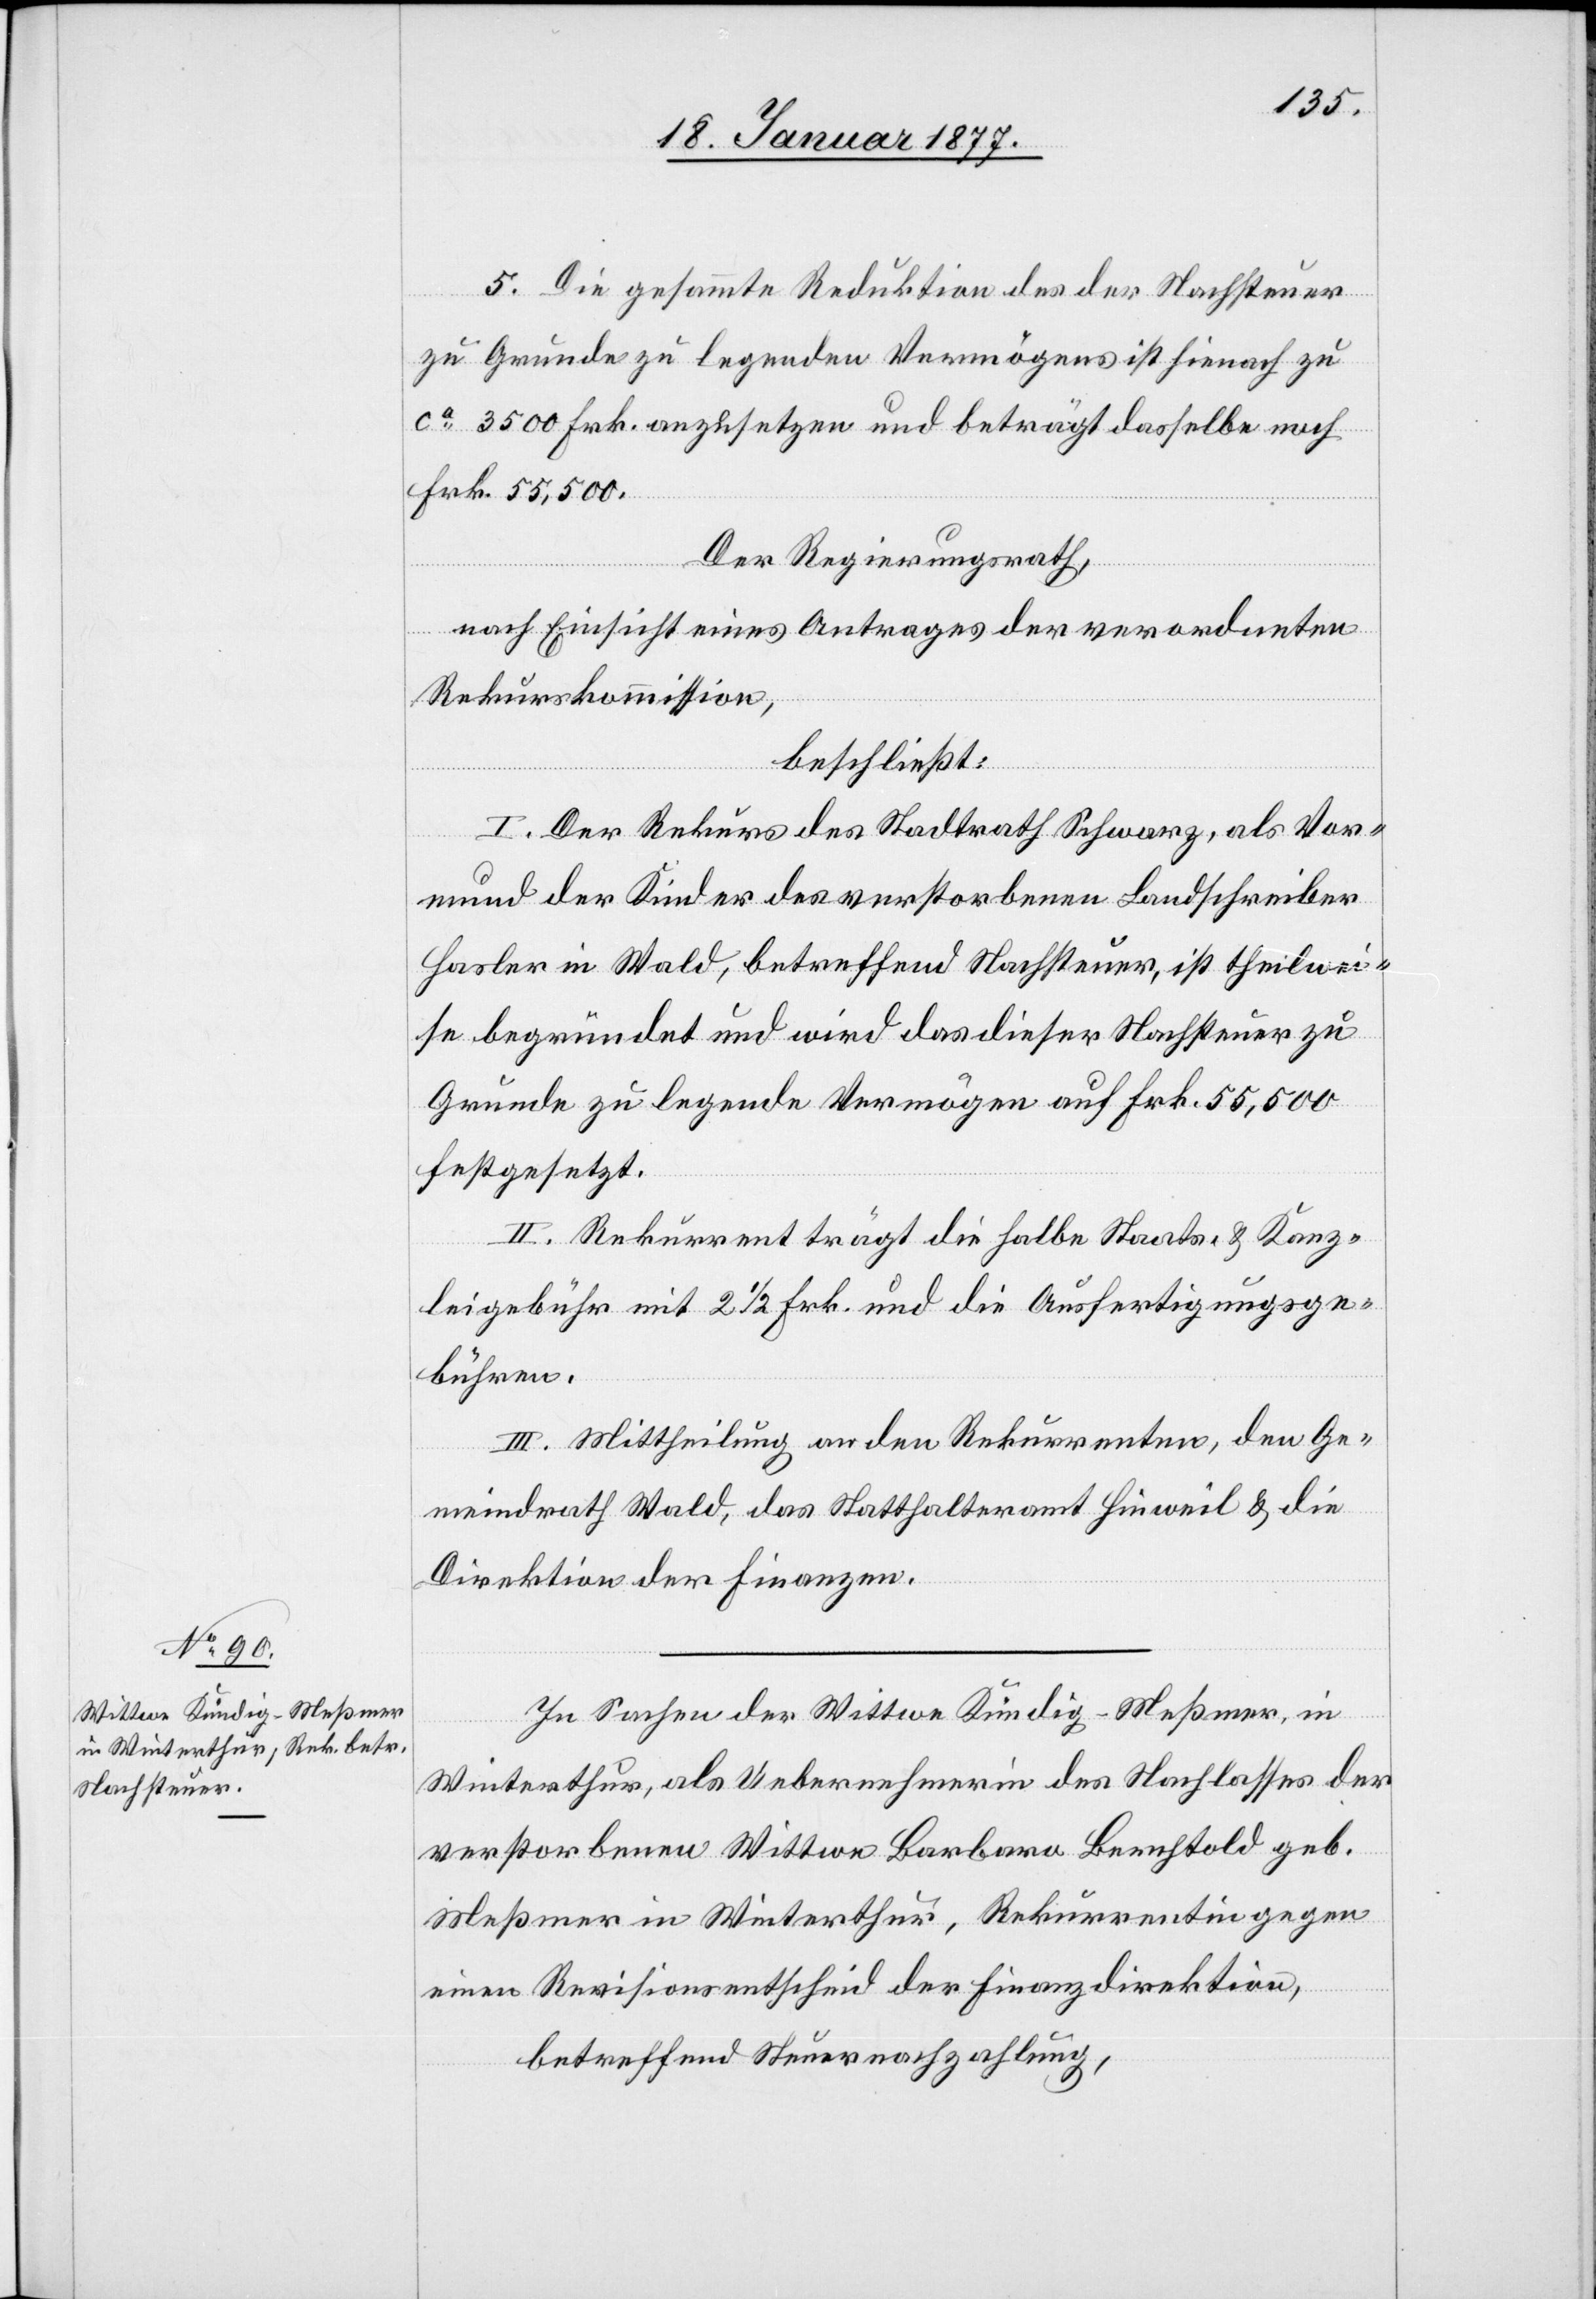
5. Die gesammte Reduktion des der Nachsteuer
zu Grunde zu legenden Vermögens ist hiernach zu
ca 3500 Frk. anzusetzen und beträgt dasselbe noch
Frk. 55,500.
Der Regierungsrath,
nach Einsicht eines Antrages der verordneten
Rekurskommission,
beschließt:
I. Der Rekurs des Stadtrath Schwarz, als Vor¬
mund der Kinder des verstorbenen Landschreiber
Hasler in Wald, betreffend Nachsteuer, ist theilwei¬
se begründet und wird das dieser Nachsteuer zu
Grunde zu legende Vermögen auf Frk. 55,500
festgesetzt.
II. Rekurrent trägt die halbe Staats- & Kanz¬
leigebühr mit 2 1/2 Frk. und die Ausfertigungsge¬
bühren.
III. Mittheilung an den Rekurrenten, den Ge¬
meindrath Wald, das Statthalteramt Hinweil & die
Direktion der Finanzen.
In Sachen der Wittwe Kündig-Meßmer, in
Winterthur, als Uebernehmerin des Nachlasses der
verstorbenen Wittwe Barbara Berchtold geb.
Meßmer in Winterthur, Rekurrentin gegen
einen Revisionsentscheid der Finanzdirektion,
betreffend Steuernachzahlung,